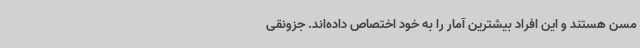
مسن هستند و این افراد بیشترین آمار را به خود اختصاص داده‌اند. جزونقی